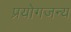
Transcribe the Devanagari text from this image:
प्रयोगजन्य